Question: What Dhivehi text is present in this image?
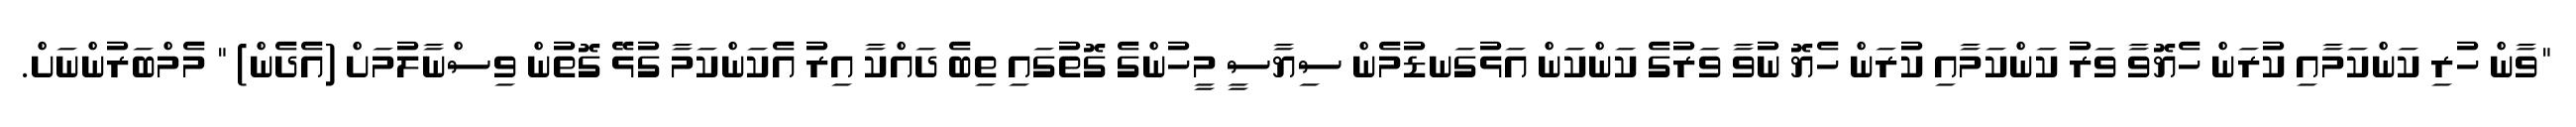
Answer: "ވާން ހުރި ކަންކަމާއި ކުރަން ހެޔޮވާ ވަރު ކަންކަމާއި ކުރަން ހެޔޮ ނުވާ ވަރުގެ ކަންކަން އަޅުގަނޑުމެން ސިޔާސީ މީހުންގެ ގޮތުގައި ތިބެ ދައްކާ އިރު އެކަންކަމާ ގުޅޭ ގޮތުން ވިސްނާލުމަށް (އެދެން) " މެމްބަރުންނަށް.